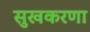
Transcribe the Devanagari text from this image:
सुखकरणा